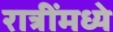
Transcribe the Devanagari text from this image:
रात्रींमध्ये